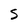
Character: S